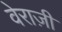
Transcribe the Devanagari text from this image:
वेराज़ी